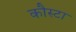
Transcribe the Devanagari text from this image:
कौस्टा